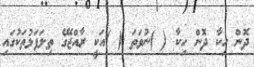
ދޮން ހިކާ ދޮން ހިކާ ( )ނުވަތަ ( )އަކީ ރާއްޖޭގެ ތިލަފަޅުތަކުގައި